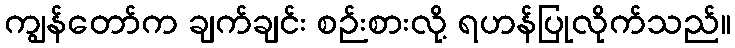
ကျွန်တော်က ချက်ချင်း စဉ်းစားလို့ ရဟန်ပြုလိုက်သည်။